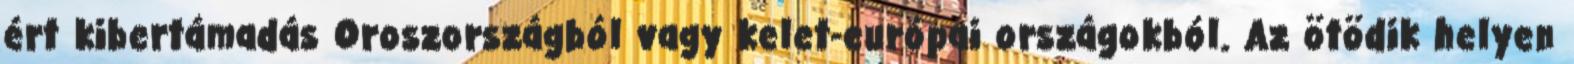
ért kibertámadás Oroszországból vagy kelet-európai országokból. Az ötödik helyen